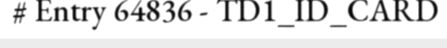
# Entry 64836 - TD1_ID_CARD